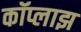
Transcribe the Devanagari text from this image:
कॉप्लाझ